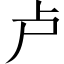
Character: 卢